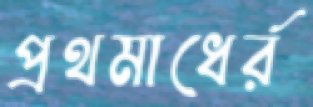
প্রথমাধের্র